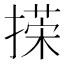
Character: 㨲